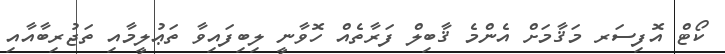
ކޯޓް އޮފިސަރ މަޤާމަށް އެންމެ ޤާބިލް ފަރާތެއް ހޮވާނީ ލިބިފައިވާ ތަޢުލީމާއި ތަޖުރިބާއާއި